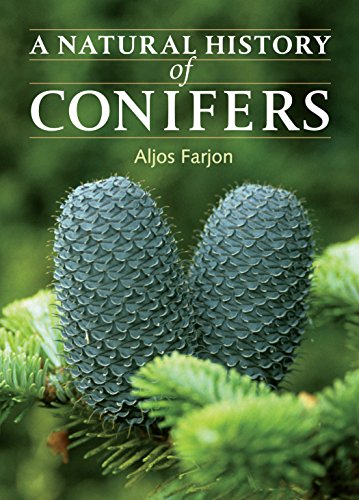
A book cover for A Natural History of Conifers; Aljos Farjon; Crafts, Hobbies & Home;